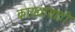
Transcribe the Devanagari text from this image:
कायद्यासाठी